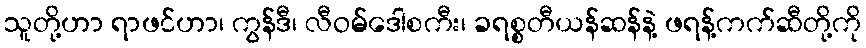
သူတို့ဟာ ရာဖင်ဟာ၊ ကွန်ဒီ၊ လီဝမ်ဒေါစကီး၊ ခရစ္စတီယန်ဆန်နဲ့ ဖရန့်ကက်ဆီတို့ကို